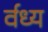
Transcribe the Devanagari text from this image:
र्वध्य